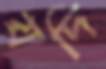
যদি